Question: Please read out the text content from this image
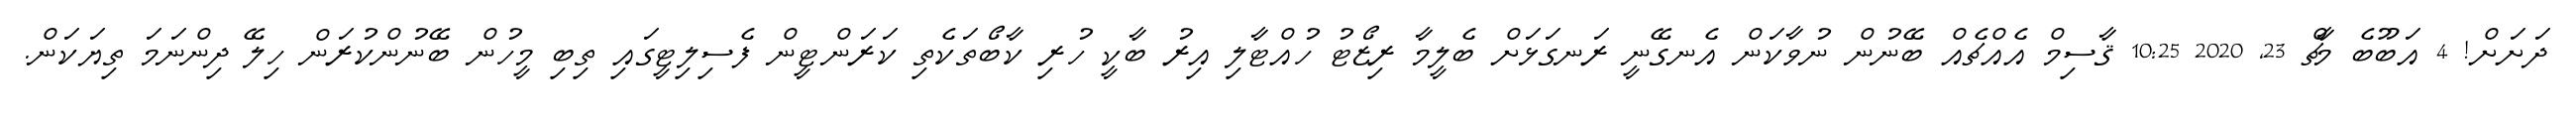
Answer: ދަށަށް! 4 އަބޫބެ މާޗް 23, 2020 10:25 ޤާސިމް އެއްޗެއް ބޭނުން ނުވާކަން އެނގޭނީ ރަނގަޅަށް ބެލީމާ ރިޒޯޓު ހުއްޓާލި އިރު ބާކީ ހުރި ކާބޯތަކެތި ކަރަންޓީން ފެސިލިޓީގައި ތިބި މީހުން ބޭނުންކުރަން ހިލޭ ދިންނަމަ ތިޔަކަން.